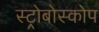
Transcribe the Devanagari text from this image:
स्ट्रोबोस्कोप